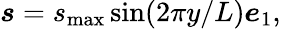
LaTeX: \begin{array}{r}{\boldsymbol{s}=s_{\mathrm{max}}\sin(2\pi y/L)\boldsymbol{e}_{1},}\end{array}